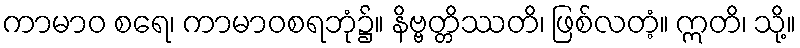
ကာမာဝ စရေ၊ ကာမာဝစရဘုံ၌။ နိဗ္ဗတ္တိဿတိ၊ ဖြစ်လတံ့။ ဣတိ၊ သို့။